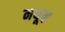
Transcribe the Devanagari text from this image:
नयूब